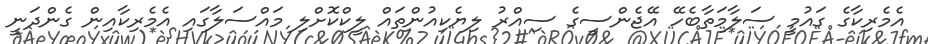
އެމެރިކާގެ ގައުމީ ސަލާމަތާބެހޭ އޭޖެންސީގެ ސިއްރު ލިޔެކިއުންތައް ލީކްކޮށްލި މައްސަލާގައި އެމެރިކާއިން ގެންދަނީ